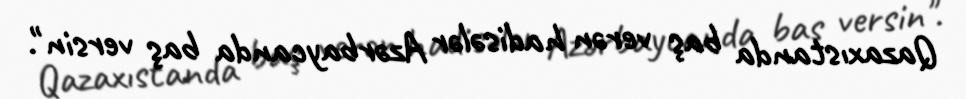
Qazaxıstanda baş verən hadisələr Azərbaycanda baş versin".